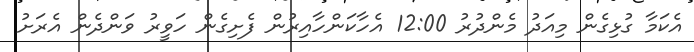
އެކަމާ ގުޅިގެން މިއަދު މެންދުރު 12:00 އެހާކަންހާއިރުން ފެށިގެން ހަވީރު ވަންދެން އެރަށު